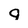
Character: 9